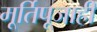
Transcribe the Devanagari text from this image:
मूर्तिपूजाही